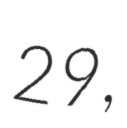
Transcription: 29,